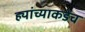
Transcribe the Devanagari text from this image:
ह्यांच्याकडेच